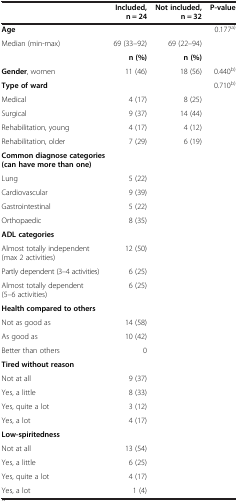
|  | Included, n = 24 | Not included, n = 32 | P-value |
 | --- | --- | --- | --- |
 | Age |  |  | 0.177a) |
 | Median (min-max) | 69 (33–92) | 69 (22–94) |  |
 |  | n (%) | n (%) |  |
 | Gender, women | 11 (46) | 18 (56) | 0.440b) |
 | Type of ward |  |  | 0.710b) |
 | Medical | 4 (17) | 8 (25) |  |
 | Surgical | 9 (37) | 14 (44) |  |
 | Rehabilitation, young | 4 (17) | 4 (12) |  |
 | Rehabilitation, older | 7 (29) | 6 (19) |  |
 | Common diagnose categories (can have more than one) |  |  |  |
 | Lung | 5 (22) |  |  |
 | Cardiovascular | 9 (39) |  |  |
 | Gastrointestinal | 5 (22) |  |  |
 | Orthopaedic | 8 (35) |  |  |
 | ADL categories |  |  |  |
 | Almost totally independent (max 2 activities) | 12 (50) |  |  |
 | Partly dependent (3–4 activities) | 6 (25) |  |  |
 | Almost totally dependent (5–6 activities) | 6 (25) |  |  |
 | Health compared to others |  |  |  |
 | Not as good as | 14 (58) |  |  |
 | As good as | 10 (42) |  |  |
 | Better than others | 0 |  |  |
 | Tired without reason |  |  |  |
 | Not at all | 9 (37) |  |  |
 | Yes, a little | 8 (33) |  |  |
 | Yes, quite a lot | 3 (12) |  |  |
 | Yes, a lot | 4 (17) |  |  |
 | Low-spiritedness |  |  |  |
 | Not at all | 13 (54) |  |  |
 | Yes, a little | 6 (25) |  |  |
 | Yes, quite a lot | 4 (17) |  |  |
 | Yes, a lot | 1 (4) |  |  |